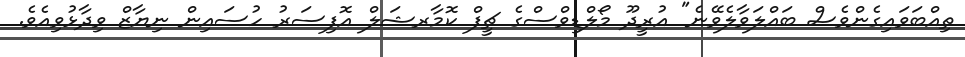
ތިއްބަވައިގެންވެސް ބައްލަވާލެވޭނެ" އުރީދޫ މޯލްޑިވްސްގެ ޗީފް ކޮމާރޝަލް އޮފިސަރު ހުސައިން ނިޔާޒް ވިދާޅުވިއެވެ.